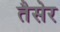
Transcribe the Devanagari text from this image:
तैसेर